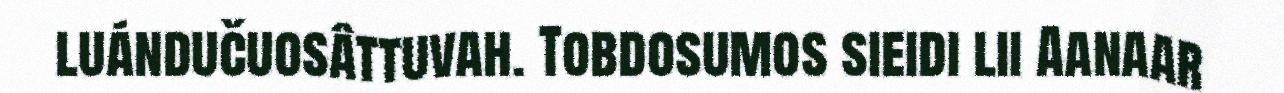
luándučuosâttuvah. Tobdosumos sieidi lii Aanaar